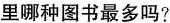
里哪种图书最多吗?